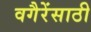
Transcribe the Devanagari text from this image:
वगैरेंसाठी